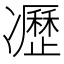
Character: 𠘟